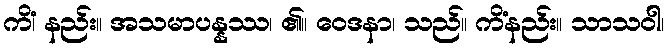
ကိံ၊ နည်း။ အသမာပန္နဿ၊ ၏။ ဝေဒနာ၊ သည်။ ကိံနည်း။ သာသဝါ၊